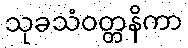
သုခသံဝတ္တနိကာ